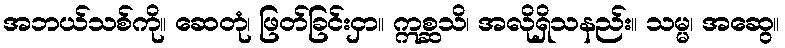
အဘယ်သစ်ကို။ ဆေတုံ၊ ဖြတ်ခြင်းငှာ။ ဣစ္ဆသိ၊ အလိုရှိသနည်း။ သမ္မ၊ အဆွေ။